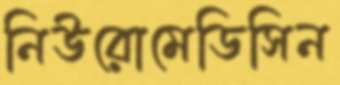
নিউরোমেডিসিন